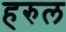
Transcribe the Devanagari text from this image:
हरुल